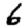
Digit: 6